Insane asylums in Bengal annual reports 1867-1875 - 1867-1875
Year: 1867
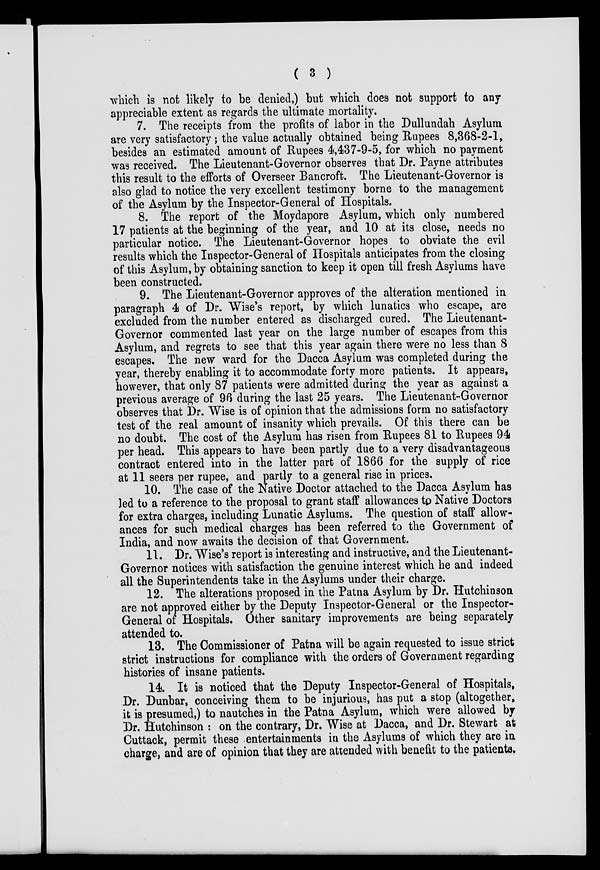
( 3 )
which is not likely to be denied,) but which does not support to any
appreciable extent as regards the ultimate mortality.
7. The receipts from the profits of labor in the Dullundah Asylum
are very satisfactory ; the value actually obtained being Rupees 8,368-2-1,
besides an estimated amount of Rupees 4,437-9-5, for which no payment
was received. The Lieutenant-Governor observes that Dr. Payne attributes
this result to the efforts of Overseer Bancroft. The Lieutenant-Governor is
also glad to notice the very excellent testimony borne to the management
of the Asylum by the Inspector-General of Hospitals.
8. The report of the Moydapore Asylum, which only numbered
17 patients at the beginning of the year, and 10 at its close, needs no
particular notice. The Lieutenant-Governor hopes to obviate the evil
results which the Inspector-General of Hospitals anticipates from the closing
of this Asylum, by obtaining sanction to keep it open till fresh Asylums have
been constructed.
9. The Lieutenant-Governor approves of the alteration mentioned in
paragraph 4 of Dr. Wise's report, by which lunatics who escape, are
excluded from the number entered as discharged cured. The Lieutenant-
Governor commented last year on the large number of escapes from this
Asylum, and regrets to see that this year again there were no less than 8
escapes. The new ward for the Dacca Asylum was completed during the
year, thereby enabling it to accommodate forty more patients. It appears,
however, that only 87 patients were admitted during the year as against a
previous average of 96 during the last 25 years. The Lieutenant-Governor
observes that Dr. Wise is of opinion that the admissions form no satisfactory
test of the real amount of insanity which prevails. Of this there can be
no doubt. The cost of the Asylum has risen from Rupees 81 to Rupees 94
per head. This appears to have been partly due to a very disadvantageous
contract entered into in the latter part of 1866 for the supply of rice
at 11 seers per rupee, and partly to a general rise in prices.
10. The case of the Native Doctor attached to the Dacca Asylum has
led to a reference to the proposal to grant staff allowances to Native Doctors
for extra charges, including Lunatic Asylums. The question of staff allow-
ances for such medical charges has been referred to the Government of
India, and now awaits the decision of that Government.
11. Dr. Wise's report is interesting and instructive, and the Lieutenant-
Governor notices with satisfaction the genuine interest which he and indeed
all the Superintendents take in the Asylums under their charge.
12. The alterations proposed in the Patna Asylum by Dr. Hutchinson
are not approved either by the Deputy Inspector-General or the Inspector-
General of Hospitals. Other sanitary improvements are being separately
attended to.
13. The Commissioner of Patna will be again requested to issue strict
strict instructions for compliance with the orders of Government regarding
histories of insane patients.
14. It is noticed that the Deputy Inspector-General of Hospitals,
Dr. Dunbar, conceiving them to be injurious, has put a stop (altogether,
it is presumed,) to nautches in the Patna Asylum, which were allowed by
Dr. Hutchinson : on the contrary, Dr. Wise at Dacca, and Dr. Stewart at
Cuttack, permit these entertainments in the Asylums of which they are in
charge, and are of opinion that they are attended with benefit to the patients.